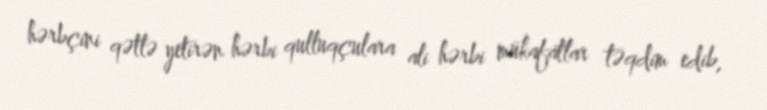
hərbçini qətlə yetirən hərbi qulluqçulara ali hərbi mükafatlar təqdim edib,